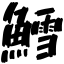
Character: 鱈